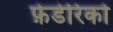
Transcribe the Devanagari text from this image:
फ़ेडेरिको